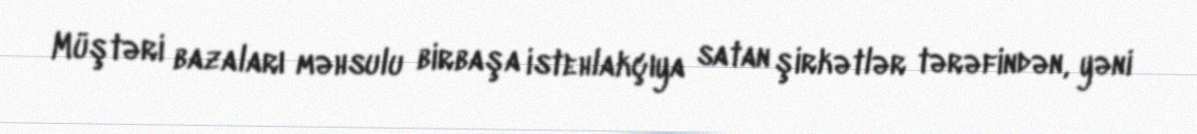
Müştəri bazaları məhsulu birbaşa istehlakçıya satan şirkətlər tərəfindən, yəni